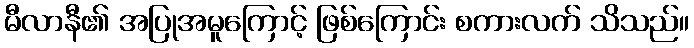
မီလာနီ၏ အပြုအမူကြောင့် ဖြစ်ကြောင်း စကားလက် သိသည်။